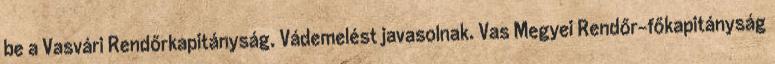
be a Vasvári Rendőrkapitányság. Vádemelést javasolnak. Vas Megyei Rendőr-főkapitányság